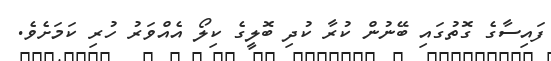
ފައިސާގެ ގޮތުގައި ބޭނުން ކުރާ ކުދި ބޮލީގެ ކިލޯ އެއްވަރު ހުރި ކަމަށެވެ.